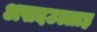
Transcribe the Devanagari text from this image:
असदउल्लाह